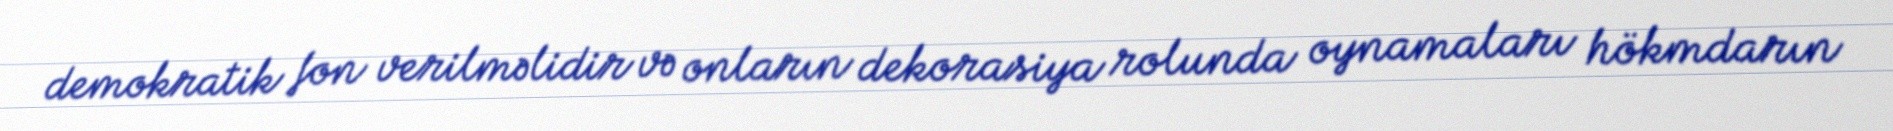
demokratik fon verilməlidir və onların dekorasiya rolunda oynamaları hökmdarın